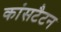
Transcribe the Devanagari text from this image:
कांसटैटन